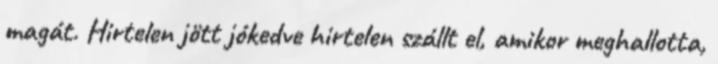
magát. Hirtelen jött jókedve hirtelen szállt el, amikor meghallotta,